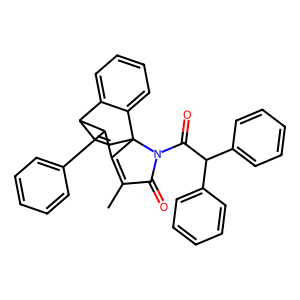
SMILES: CC1=C2C(c3ccccc3)C3C=CC2(c2ccccc23)N(C(=O)C(c2ccccc2)c2ccccc2)C1=O
Inhibits HIV replication: No